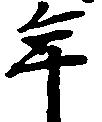
年